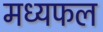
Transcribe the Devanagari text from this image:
मध्यफल